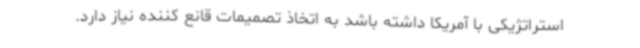
استراتژیکی با آمریکا داشته باشد به اتخاذ تصمیمات قانع کننده نیاز دارد.